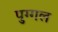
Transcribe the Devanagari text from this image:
पुग्गल